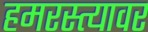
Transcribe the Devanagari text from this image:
हमरस्त्यावर